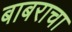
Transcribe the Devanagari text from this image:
बाबराचा